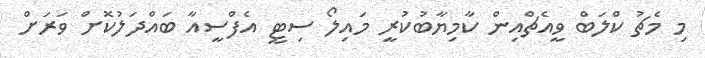
މި މެޗު ކްލަބް ވީއެޗްއިން ކާމިޔާބުކުރީ މައިލޯ ސިޓީ އެފްސީއާ ބައްދަލުކޮށް ވަރަށް